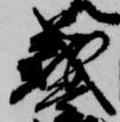
義